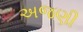
અજણી